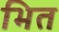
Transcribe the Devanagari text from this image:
भित